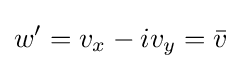
w'=v_{x}-iv_{y}={\bar {v}}